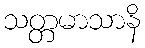
သတ္တမာသာနိ